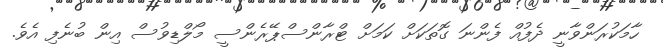
ހާމަކުރަންވާނީ ދެފުއް ފެންނަ ގޮތަކަށް ކަމަށް ޓްރާންސްޕޭރެންސީ މޯލްޑިވުސް އިން ބުނެފި އެވެ.